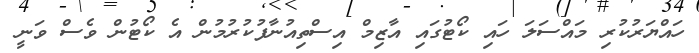
ހައްޔަރުކުރި މައްސަލަ ހައި ކޯޓުގައި އާޒިމް އިސްތިއުނާފުކުރުމުން އެ ކޯޓުން ވެސް ވަނީ